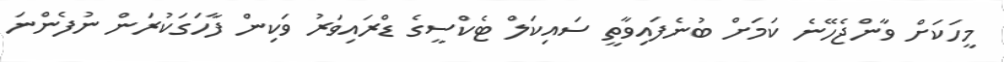
މީހަކަށް ވާންޖެހޭނެ ކަމަށް ބުނެފައިވާތީ ސައިކަލް ޓެކްސީގެ ޑްރައިވަރު ވަކިން ފާހަަގަކުރަން ނުފެންނަ